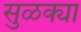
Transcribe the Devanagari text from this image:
सुळक्या